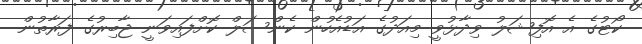
ކޯޓުގެ އެ އޮފިޝަލު ވިދާޅުވީ މިއަދުގެ އަޑުއެހުން ކެންސަލް ކޮށްފައިވަނީ ޖާބިރުގެ ފަރާތުން